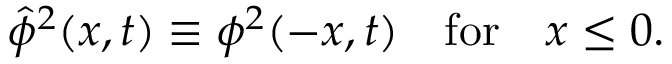
{ \hat { \phi } } ^ { 2 } ( x , t ) \equiv \phi ^ { 2 } ( - x , t ) \ \ \ \mathrm { f o r } \ \ \ x \le 0 .